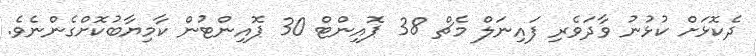
ދެކޮޅަށް ކުޅުނު ވާދަވެރި ފައިނަލް މެޗް 38 ޕޮއިންޓް 30 ޕޮއިންޓުން ކާމިޔާބުކޮށްގެންނެވެ.